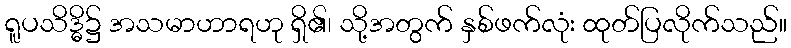
ရူပသိဒ္ဓိ၌ အသမာဟာရဟု ရှိ၏၊ သို့အတွက် နှစ်ဖက်လုံး ထုတ်ပြလိုက်သည်။